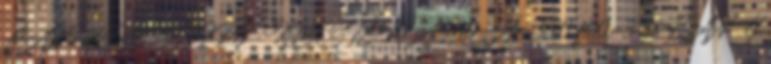
LÁNY KOCSICIPŐ KISCSIZMA 760 Ár: 990 ft 0-3 hó LÁNY